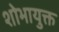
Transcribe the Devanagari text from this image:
शोभायुक्त